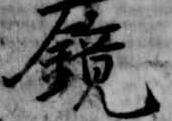
鏡